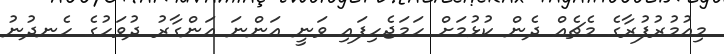
މިއުމުރުފުރާގެ މެޗެއް ދެން ކުޅުމަށް ހަމަޖެހިފައި ވަނީ އަންނަ އަންގާރު ދުވަހުގެ ހެނދުނު